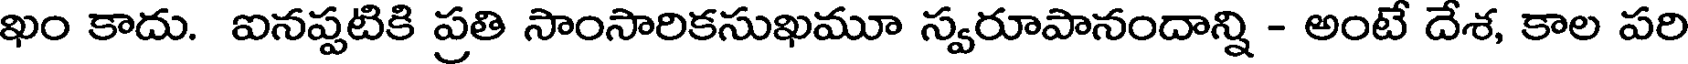
ఖం కాదు. ఐనప్పటికి ప్రతి సాంసారికసుఖమూ స్వరూపానందాన్ని - అంటే దేశ, కాల పరి